Rangoon Lunatic Asylum 1878-1892 - 1878-1892
Year: 1878
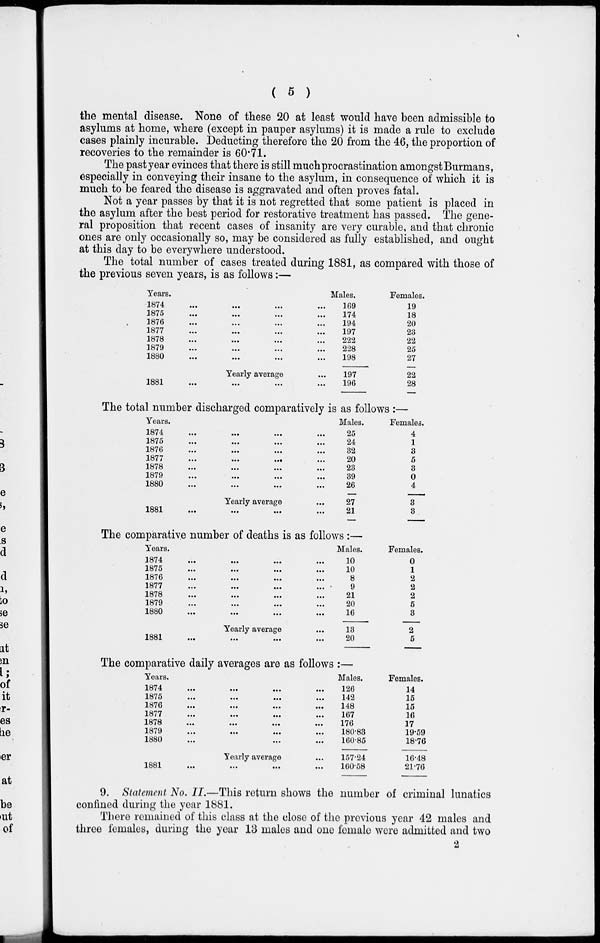
( 5 )
the mental disease. None of these 20 at least would have been admissible to
asylums at home, where (except in pauper asylums) it is made a rule to exclude
cases plainly incurable. Deducting therefore the 20 from the 46, the proportion of
recoveries to the remainder is 60.71.
The past year evinces that there is still much procrastination amongst Burmans,
especially in conveying their insane to the asylum, in consequence of which it is
much to be feared the disease is aggravated and often proves fatal.
Not a year passes by that it is not regretted that some patient is placed in
the asylum after the best period for restorative treatment has passed. The gene-
ral proposition that recent cases of insanity are very curable, and that chronic
ones are only occasionally so, may be considered as fully established, and ought
at this day to be everywhere understood.
The total number of cases treated during 1881, as compared with those of
the previous seven years, is as follows:—
Years.
1874
...
...
...
...
1875
...
...
...
...
1876 ... ... ... ...
1877
...
...
...
...
1878
...
...
...
...
1879 ... ... ... ...
1880
...
...
...
...
Yearly average ...
1881
...
...
...
...
Males.
169
174
194
197
222
228
198
197
196
Females.
19
18
20
23
22
25
27
22
28
The total number discharged comparatively is as follows :—
Years.
1874
...
...
...
...
1875
...
...
...
...
1876
...
...
...
...
1877
...
...
...
...
1878
...
...
...
...
1879
...
...
...
...
1880
...
...
...
...
Yearly average ...
1881
...
...
...
...
Males.
25
24
32
20
23
39
26
27
21
Females.
4
1
3
5
3
0
4
3
3
The comparative number of deaths is as follows :—
Years.
1874
...
...
...
...
1875
...
...
...
...
1876
...
...
...
...
1877
...
...
...
...
1878
...
...
...
...
1879
...
...
...
...
1880
...
...
...
...
Yearly average ...
1881
...
...
...
...
Males.
10
10
8
9
21
20
16
13
20
Females.
0
1
2
2
2
5
3
2
5
The comparative daily averages are as follows :—
Years.
1874
...
...
...
...
1875
...
...
...
...
1876
...
...
...
...
1877
...
...
...
...
1878
...
...
...
...
1879
...
...
...
...
1880 ... ... ... ...
Yearly average ...
1881
...
...
...
...
Males.
126
142
148
167
176
180.83
160.85
157.24
160.58
Females.
14
15
15
16
17
19.59
18.76
16.48
21.76
9. Statement No. II.—This return shows the number of criminal lunatics
confined during the year 1881.
There remained of this class at the close of the previous year 42 males and
three females, during the year 13 males and one female were admitted and two
2